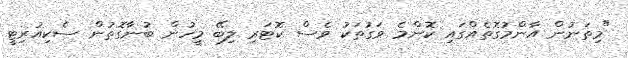
"މިތަނުން އާންމުގޮތެއްގައި ކޮންމެ ވަގުތަކު ވެސް ކޮޓަރި ލިބޭ މީހުން ބުނާގޮތުން ސެކިއުރިޓީ